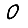
Digit: 0